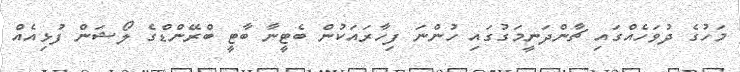
މަހުގެ ދުވަހެއްގައި ޗާންދަނީމަގުގައި ހުންނަ ފިހާރައަކުން ބެޓީނާ ބާޓީ ބްރޭންޑްގެ ލޯޝަން ފުޅިއެއް